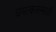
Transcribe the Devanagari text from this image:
चमत्कारासाठी